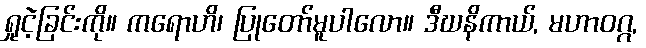
ရှုငဲ့ခြင်းကို။ ကရောဟိ၊ ပြုတော်မူပါလော။ ဒီဃနိကာယ်, မဟာဝဂ္ဂ,